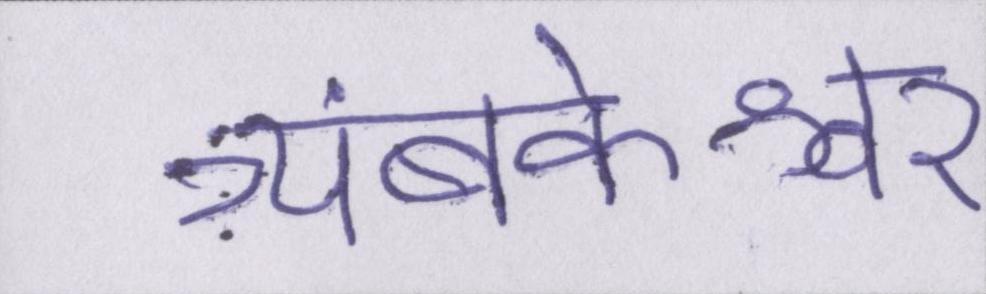
त्र्यंबकेश्वर